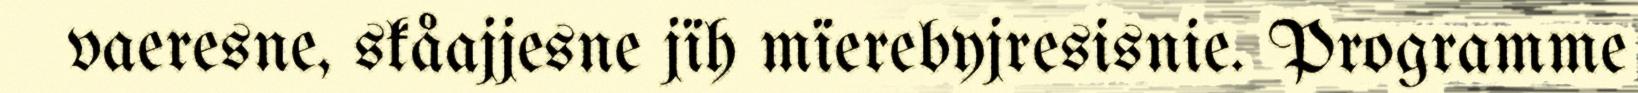
vaeresne, skåajjesne jïh mïerebyjresisnie. Programme